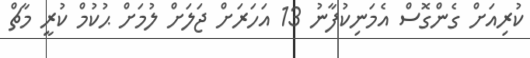
ކުރިއަށް ގެންގޮސް އެމަނިކުފާނު 13 އަހަރަށް ޖަލަށް ލުމަށް ޙުކުމް ކުރީ މާޗް